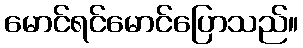
မောင်ရင်မောင်ပြောသည်။